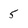
Character: 5